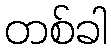
တစ်ခါ